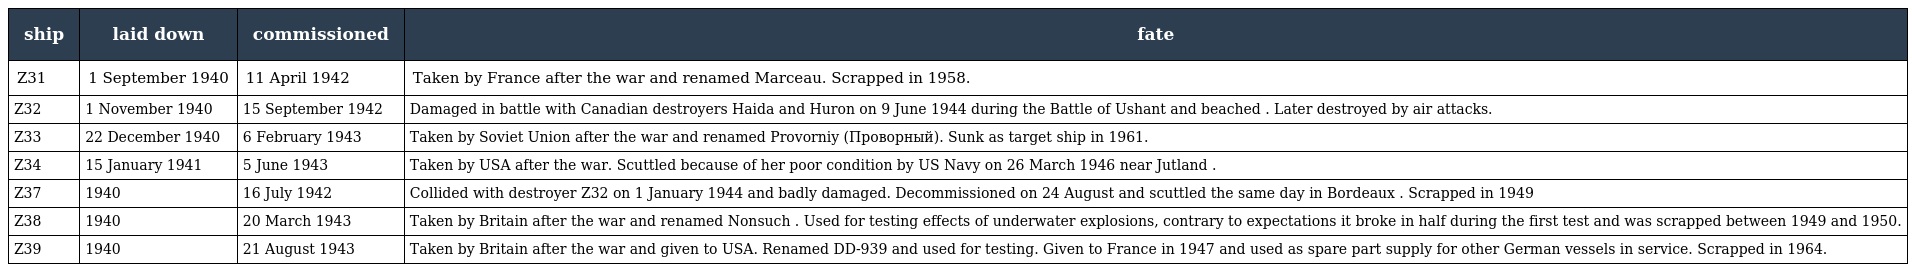
| ship | laid down | commissioned | fate |
 | --- | --- | --- | --- |
 | Z31 | 1 September 1940 | 11 April 1942 | Taken by France after the war and renamed Marceau. Scrapped in 1958. |
 | Z32 | 1 November 1940 | 15 September 1942 | Damaged in battle with Canadian destroyers Haida and Huron on 9 June 1944 during the Battle of Ushant and beached . Later destroyed by air attacks. |
 | Z33 | 22 December 1940 | 6 February 1943 | Taken by Soviet Union after the war and renamed Provorniy (Проворный). Sunk as target ship in 1961. |
 | Z34 | 15 January 1941 | 5 June 1943 | Taken by USA after the war. Scuttled because of her poor condition by US Navy on 26 March 1946 near Jutland . |
 | Z37 | 1940 | 16 July 1942 | Collided with destroyer Z32 on 1 January 1944 and badly damaged. Decommissioned on 24 August and scuttled the same day in Bordeaux . Scrapped in 1949 |
 | Z38 | 1940 | 20 March 1943 | Taken by Britain after the war and renamed Nonsuch . Used for testing effects of underwater explosions, contrary to expectations it broke in half during the first test and was scrapped between 1949 and 1950. |
 | Z39 | 1940 | 21 August 1943 | Taken by Britain after the war and given to USA. Renamed DD-939 and used for testing. Given to France in 1947 and used as spare part supply for other German vessels in service. Scrapped in 1964. |